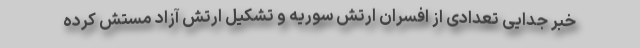
خبر جدایی تعدادی از افسران ارتش سوریه و تشکیل ارتش آزاد مستش کرده